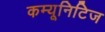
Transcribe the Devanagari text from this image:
कम्यूनिटिज